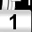
Digit: 1